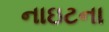
નાઇટના